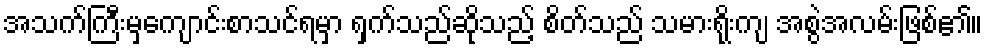
အသက်ကြီးမှကျောင်းစာသင်ရမှာ ရှက်သည်ဆိုသည့် စိတ်သည် သမားရိုးကျ အစွဲအလမ်းဖြစ်၏။